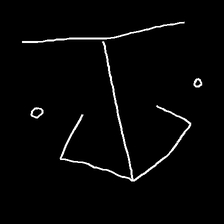
Glyph: earth